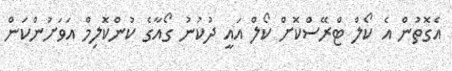
އެގޮތުން އެ ކޯލް ޓްރޭސްކޮށް ކޯލް އައީ ދުކުނު ގޯއާގެ ކުންކޮލިމް އަވަށުންކަން